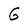
Character: G